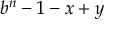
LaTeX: b ^ { n } - 1 - x + y